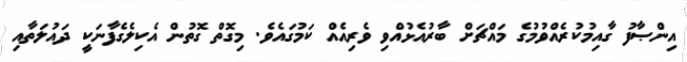
އިންޞާފު ގާއިމުކުރެއްވުމުގެ މައްޗަށް ބާރުއެޅުއްވި ވެރިއެއް ކަމުގައެވެ. މިގޮތް ގޮތުން އެކިލެގެފާނަކީ ދައުލަތާއި